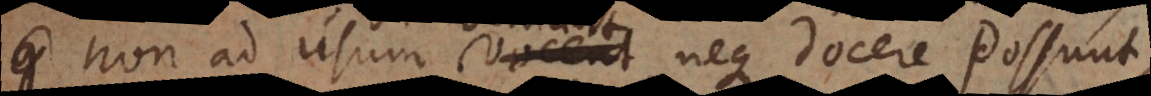
q non ad usum vocent, neque docere pos